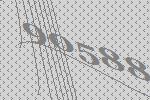
90588